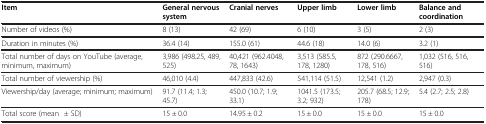
<table><thead><tr><td><b>Item</b></td><td><b>General nervous system</b></td><td><b>Cranial nerves</b></td><td><b>Upper limb</b></td><td><b>Lower limb</b></td><td><b>Balance and coordination</b></td></tr></thead><tbody><tr><td>Number of videos (%)</td><td>8 (13)</td><td>42 (69)</td><td>6 (10)</td><td>3 (5)</td><td>2 (3)</td></tr><tr><td>Duration in minutes (%)</td><td>36.4 (14)</td><td>155.0 (61)</td><td>44.6 (18)</td><td>14.0 (6)</td><td>3.2 (1)</td></tr><tr><td>Total number of days on YouTube (average, minimum, maximum)</td><td>3,986 (498.25, 489, 525)</td><td>40,421 (962.4048, 78, 1643)</td><td>3,513 (585.5, 178, 1280)</td><td>872 (290.6667, 178, 516)</td><td>1,032 (516, 516, 516)</td></tr><tr><td>Total number of viewership (%)</td><td>46,010 (4.4)</td><td>447,833 (42.6)</td><td>541,114 (51.5)</td><td>12,541 (1.2)</td><td>2,947 (0.3)</td></tr><tr><td>Viewership/day (average; minimum; maximum)</td><td>91.7 (11.4; 1.3; 45.7)</td><td>450.0 (10.7; 1.9; 33.1)</td><td>1041.5 (173.5; 3.2; 932)</td><td>205.7 (68.5; 12.9; 178)</td><td>5.4 (2.7; 2.5; 2.8)</td></tr><tr><td>Total score (mean ± SD)</td><td>15 ± 0.0</td><td>14.95 ± 0.2</td><td>15 ± 0.0</td><td>15 ± 0.0</td><td>15 ± 0.0</td></tr></tbody></table>